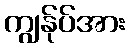
ကျွန်ုပ်အား